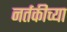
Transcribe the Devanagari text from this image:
नर्तकीच्या